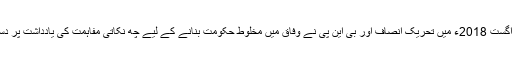
واضح رہے کہ اگست 2018ء میں تحریک انصاف اور بی این پی نے وفاق میں مخلوط حکومت بنانے کے لیے چھ نکاتی مفاہمت کی یادداشت پر دستخط کیے تھے۔